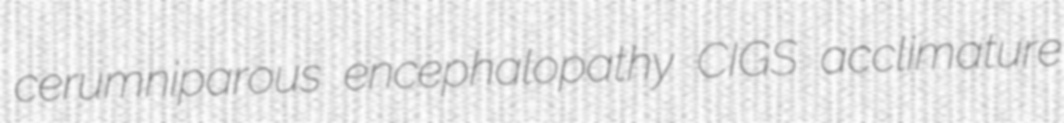
cerumniparous encephalopathy CIGS acclimature